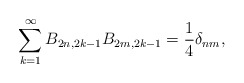
\begin{align*}\sum_{k=1}^{\infty}B_{2n,2k-1}B_{2m,2k-1}=\frac{1}{4}\delta_{nm},\end{align*}